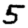
Digit: 5